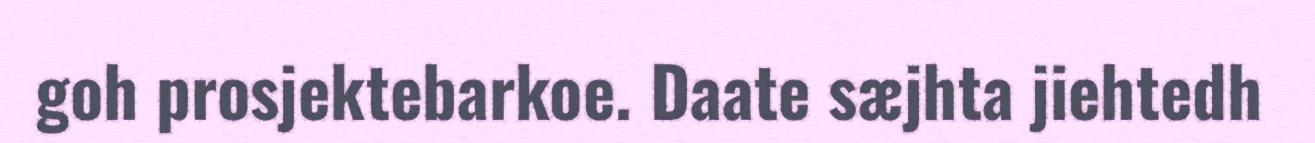
goh prosjektebarkoe. Daate sæjhta jiehtedh